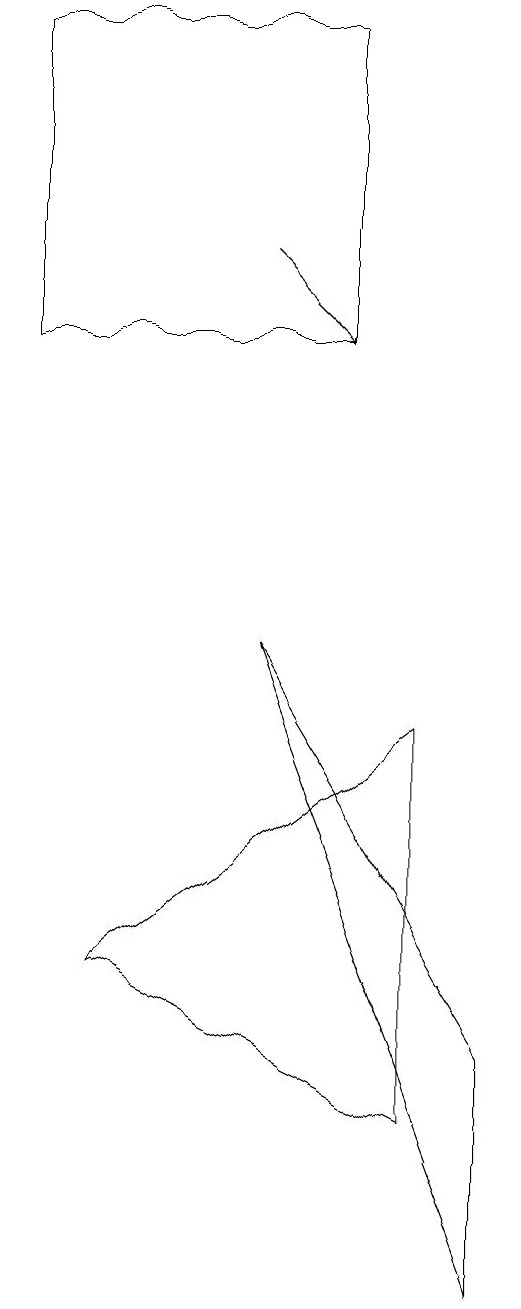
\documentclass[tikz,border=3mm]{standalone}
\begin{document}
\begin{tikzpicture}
\draw (5,8) -- (1,5) -- (5,3) -- cycle;
\draw (4,17) rectangle (0,13);
\draw[->] (3,14) -- (4,13);
\draw (3,9) -- (6,4) -- (6,1) -- cycle;
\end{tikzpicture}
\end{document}